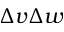
\Delta v \Delta w